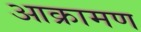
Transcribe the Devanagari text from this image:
आक्रामण